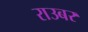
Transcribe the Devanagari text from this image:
राउबर